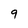
Character: 9